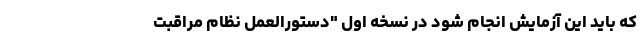
که باید این آزمایش انجام شود در نسخه اول "دستورالعمل نظام مراقبت